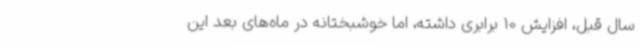
سال قبل، افزایش 10 برابری داشته، اما خوشبختانه در ماه‌های بعد این